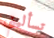
تسأليني